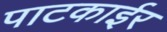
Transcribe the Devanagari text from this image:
पाटकाईर